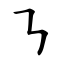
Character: ㇎